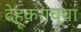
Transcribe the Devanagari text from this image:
देहूकरांच्या